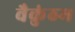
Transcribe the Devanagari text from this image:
वैकुंठम